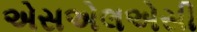
એસએલએસી